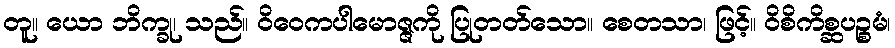
တူ။ ယော ဘိက္ခု၊ သည်။ ဝိဝေကပါမောဇ္ဇကို ပြုတတ်သော။ စေတသာ၊ ဖြင့်။ ဝိစိကိစ္ဆပဉ္စမံ၊